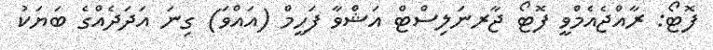
ފޮޓޯ: ރާއްޖެއެމްވީ ފޮޓޯ ޖާރނަލިސްޓް އަޝްވާ ފަހީމް (އައްވަ) ގިނަ އަދަދެއްގެ ބަޔަކު